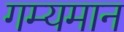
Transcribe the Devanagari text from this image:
गम्यमान